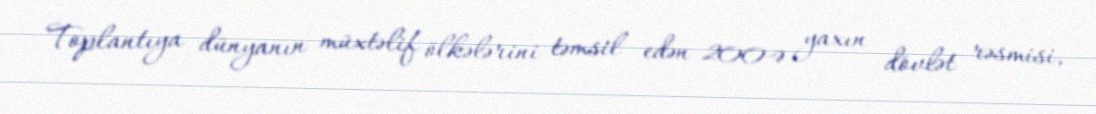
Toplantıya dünyanın müxtəlif ölkələrini təmsil edən 200-ə yaxın dövlət rəsmisi,